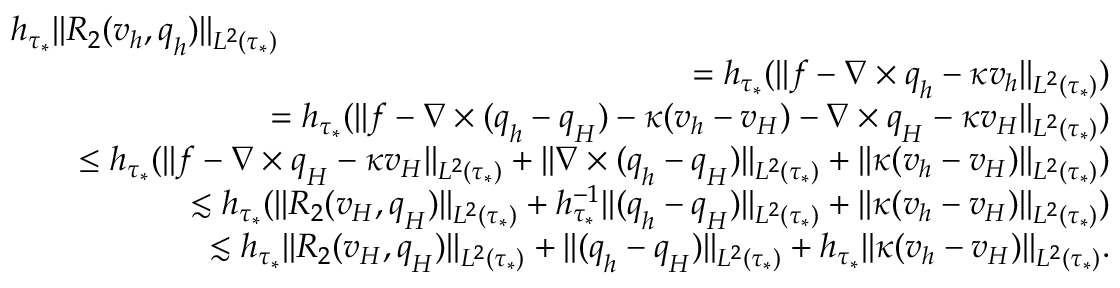
\begin{array} { r l r } { \lefteqn { h _ { \tau _ { * } } \| R _ { 2 } ( \boldsymbol { v } _ { h } , \boldsymbol { q } _ { h } ) \| _ { L ^ { 2 } ( \tau _ { * } ) } } } \\ & { } & { = h _ { \tau _ { * } } ( \| \boldsymbol { f } - \nabla \times \boldsymbol { q } _ { h } - \kappa \boldsymbol { v } _ { h } \| _ { L ^ { 2 } ( \tau _ { * } ) } ) } \\ & { } & { = h _ { \tau _ { * } } ( \| \boldsymbol { f } - \nabla \times ( \boldsymbol { q } _ { h } - \boldsymbol { q } _ { H } ) - \kappa ( \boldsymbol { v } _ { h } - \boldsymbol { v } _ { H } ) - \nabla \times \boldsymbol { q } _ { H } - \kappa \boldsymbol { v } _ { H } \| _ { L ^ { 2 } ( \tau _ { * } ) } ) } \\ & { } & { \leq h _ { \tau _ { * } } ( \| \boldsymbol { f } - \nabla \times \boldsymbol { q } _ { H } - \kappa \boldsymbol { v } _ { H } \| _ { L ^ { 2 } ( \tau _ { * } ) } + \| \nabla \times ( \boldsymbol { q } _ { h } - \boldsymbol { q } _ { H } ) \| _ { L ^ { 2 } ( \tau _ { * } ) } + \| \kappa ( \boldsymbol { v } _ { h } - \boldsymbol { v } _ { H } ) \| _ { L ^ { 2 } ( \tau _ { * } ) } ) } \\ & { } & { \lesssim h _ { \tau _ { * } } ( \| R _ { 2 } ( \boldsymbol { v } _ { H } , \boldsymbol { q } _ { H } ) \| _ { L ^ { 2 } ( \tau _ { * } ) } + h _ { \tau _ { * } } ^ { - 1 } \| ( \boldsymbol { q } _ { h } - \boldsymbol { q } _ { H } ) \| _ { L ^ { 2 } ( \tau _ { * } ) } + \| \kappa ( \boldsymbol { v } _ { h } - \boldsymbol { v } _ { H } ) \| _ { L ^ { 2 } ( \tau _ { * } ) } ) } \\ & { } & { \lesssim h _ { \tau _ { * } } \| R _ { 2 } ( \boldsymbol { v } _ { H } , \boldsymbol { q } _ { H } ) \| _ { L ^ { 2 } ( \tau _ { * } ) } + \| ( \boldsymbol { q } _ { h } - \boldsymbol { q } _ { H } ) \| _ { L ^ { 2 } ( \tau _ { * } ) } + h _ { \tau _ { * } } \| \kappa ( \boldsymbol { v } _ { h } - \boldsymbol { v } _ { H } ) \| _ { L ^ { 2 } ( \tau _ { * } ) } . } \end{array}